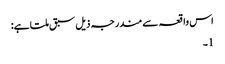
اس واقعہ سے مندرجہ ذیل سبق ملتا ہے:
1۔